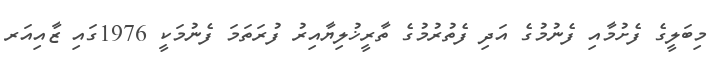
މިބަލީގެ ފެށުމާއި ފެނުމުގެ އަދި ފެތުރުމުގެ ތާރީޚުލިޔާއިރު ފުރަތަމަ ފެނުމަކީ 1976ގައި ޒާއިއަރ